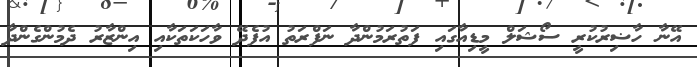
އޭނާ ހާޟިރުކުރީ ސޯޝަލް މީޑިއާގައި ފަތުރަމުންދާ ނަފްރަތު އުފެދޭ ވާހަކަތަކާއި އިންޒާރު ދެމުންގެންދާ